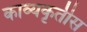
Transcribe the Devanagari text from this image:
काव्यकृतीस